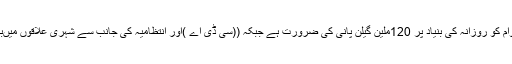
سی ڈی اے ذرائع نے بتایا کہ اسلام آباد کی عوام کو روزانہ کی بنیاد پر 120ملین گیلن پانی کی ضرورت ہے جبکہ ((سی ڈی اے )اور انتظامیہ کی جانب سے شہری علاقوں میںبامشکل 58ملین گیلن پانی فراہم کیا جا رہا ہے۔